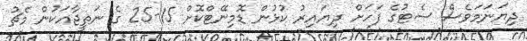
ދިޔަނަމަވެސް ސެޓުގެ ފަހަށް ދިޔައިރު ކުޅުން ޑޮމިނޭޓްކޮށް 15-25 ގެ ނަތީޖާއަކުން މެޗު